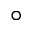
\circ